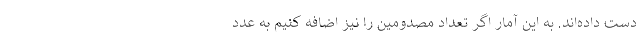
دست داده‌اند. به این آمار اگر تعداد مصدومین را نیز اضافه کنیم به عدد